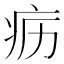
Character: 疬